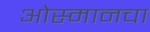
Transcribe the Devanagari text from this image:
ओस्मानचा